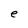
Character: e